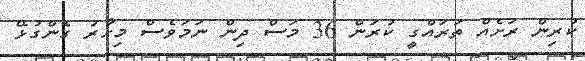
ކުރިން ރަށެއް ތަރައްގީ ކުރަން 36 މަސް ދިން ނަމަވެސް މިހާރު ގެންގުޅޭ